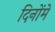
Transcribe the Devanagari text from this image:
दिनोंमें